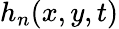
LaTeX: h_{n}(x,y,t)